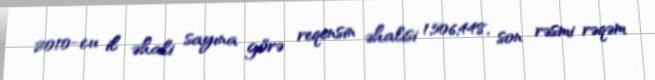
2010-cu il əhali sayına görə reqensin əhalisi 1,506,448, son rəsmi rəqəm